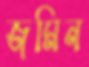
জমিন